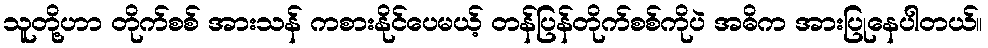
သူတို့ဟာ တိုက်စစ် အားသန် ကစားနိုင်ပေမယ့် တန်ပြန်တိုက်စစ်ကိုပဲ အဓိက အားပြုနေပါတယ်။